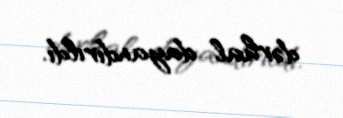
dərhal dayandırıldı.